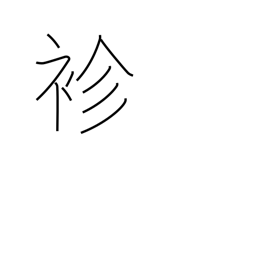
Meaning: thin kimono